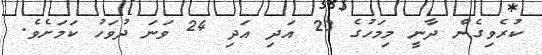
ކުރެވިގެން ދާނީ މިމަހުގެ 23 އަދި އަދި 24 ވަނަ ދުވަހު ކަމަށެވެ.